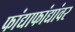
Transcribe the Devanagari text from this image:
फांद्याफांद्यांवर